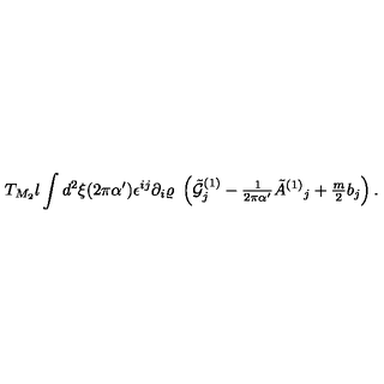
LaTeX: T _ { M _ { 2 } } l \int d ^ { 2 } \xi ( 2 \pi \alpha ^ { \prime } ) \epsilon ^ { i j } \partial _ { i } \varrho \ \left( { \tilde { \cal G } } _ { j } ^ { ( 1 ) } - { \textstyle \frac { 1 } { 2 \pi \alpha ^ { \prime } } } { \tilde { A } } ^ { ( 1 ) } { } _ { j } + { \textstyle \frac { m } { 2 } } b _ { j } \right) .